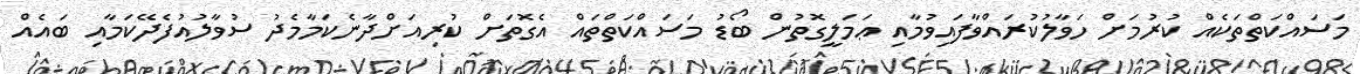
މަސައްކަތްތަކެއް ކުރުމަށް ހަވާލުކުރައްވާފައިވުމާއި ޢަމަލީގޮތުން ބޯޑު މަސައްކަތްތައް އެގޮތަށް ކުރިއަށްދާނެކަމާމެދު ސުވާލުއުފެދޭކަމާއި ބައެއް